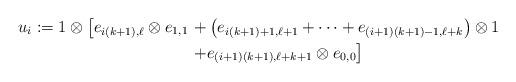
LaTeX: \begin{align*}u_i := 1\otimes\left[e_{i(k+1),\ell}\otimes e_{1,1} \right.&+ \left(e_{i(k+1)+1,\ell+1}+ \cdots + e_{(i+1)(k+1)-1,\ell+k}\right)\otimes 1\\ &\left. +e_{(i+1)(k+1),\ell+k+1}\otimes e_{0,0}\right]\end{align*}